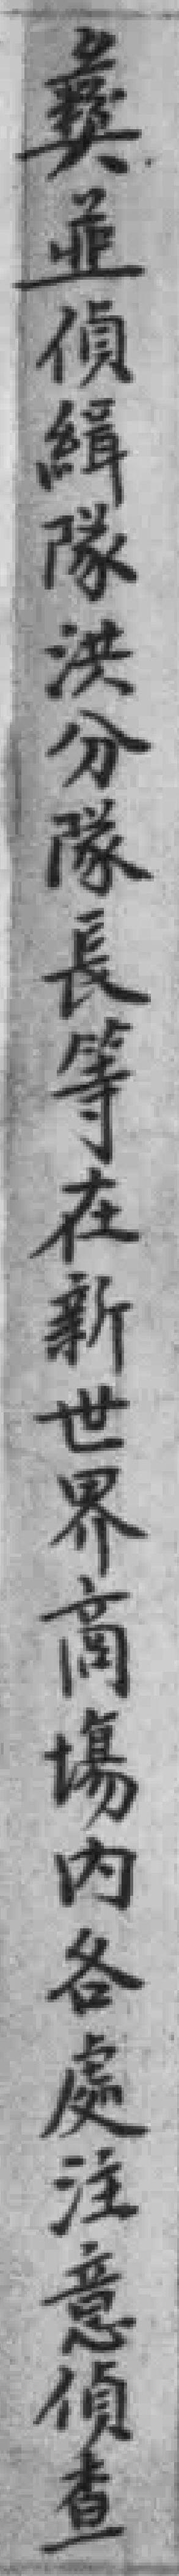
彝並偵緝隊洪分隊長等在新世界商場內各處注意偵查